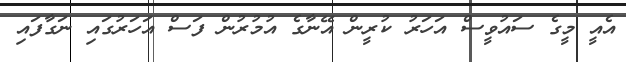
އެއީ މީގެ ސައުވީސް އަހަރު ކުރީން އޭނާގެ އުމުރުން ފަސް އަހަރުގައި ނަގާފައި